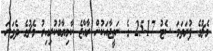
މެޗުގެ ފުރަތަމަ ސެޓު 17-25 ގެ ނަތީޖާއަކުން ރާއްޖެ ކާމިޔާބުކުރިއިރު މެޗުގެ ދެވަނަ